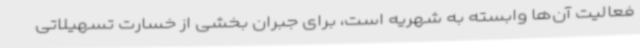
فعالیت آن‌ها وابسته به شهریه است، برای جبران بخشی از خسارت تسهیلاتی